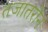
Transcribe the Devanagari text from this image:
तजातरीन